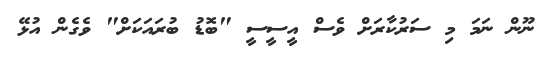
ނޫން ނަމަ މި ސަރުކާރަށް ވެސް އީސީސީ "ބޮޑު ބުރައަކަށް" ވެގެން އުޅޭ